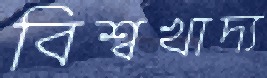
বিশ্বখাদ্য